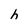
Character: h